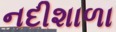
નદીશાળા